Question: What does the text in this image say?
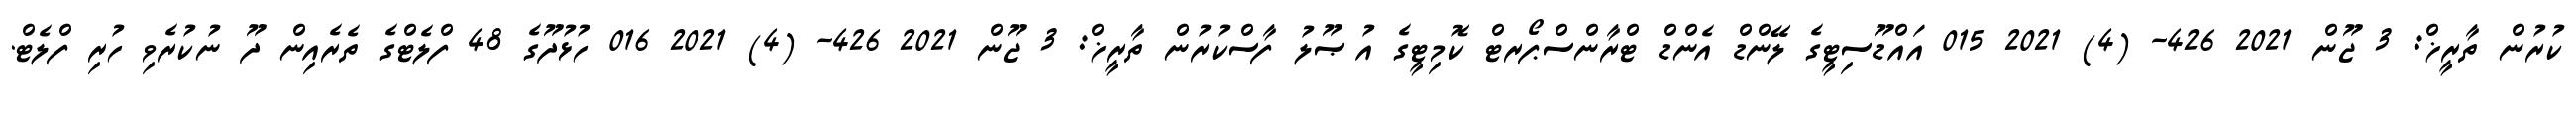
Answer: ކުރުން ތާރީޚް: 3 ޖޫން 2021 426- (4) 2021 015 އައްޑޫސިޓީގެ ލޭންޑް އެންޑް ޓްރާންސްޕޯރޓް ކޮމިޓީގެ އުޞޫލު ފާސްކުރުން ތާރީޚް: 3 ޖޫން 2021 426- (4) 2021 016 ހުޅުދޫގެ 48 ފްލެޓްގެ ތެރެއިން ދޫ ނުކުރެވި ހުރި ފްލެޓް.